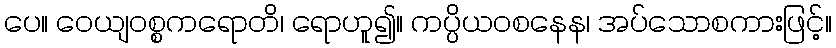
ပေ။ ဝေယျဝစ္စကရောတိ၊ ရောဟူ၍။ ကပ္ပိယဝစနေန၊ အပ်သောစကားဖြင့်။